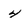
Character: 4